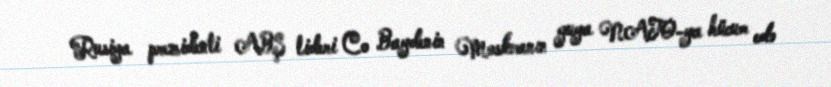
Rusiya prezidenti ABŞ lideri Co Baydenin Moskvanın guya NATO-ya hücum edə